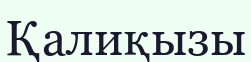
Қалиқызы